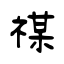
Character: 禖